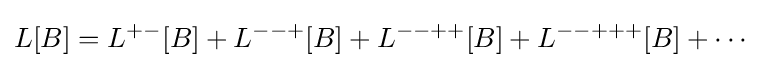
L[B]=L^{+-}[B]+L^{--+}[B]+L^{--++}[B]+L^{--+++}[B]+\cdots